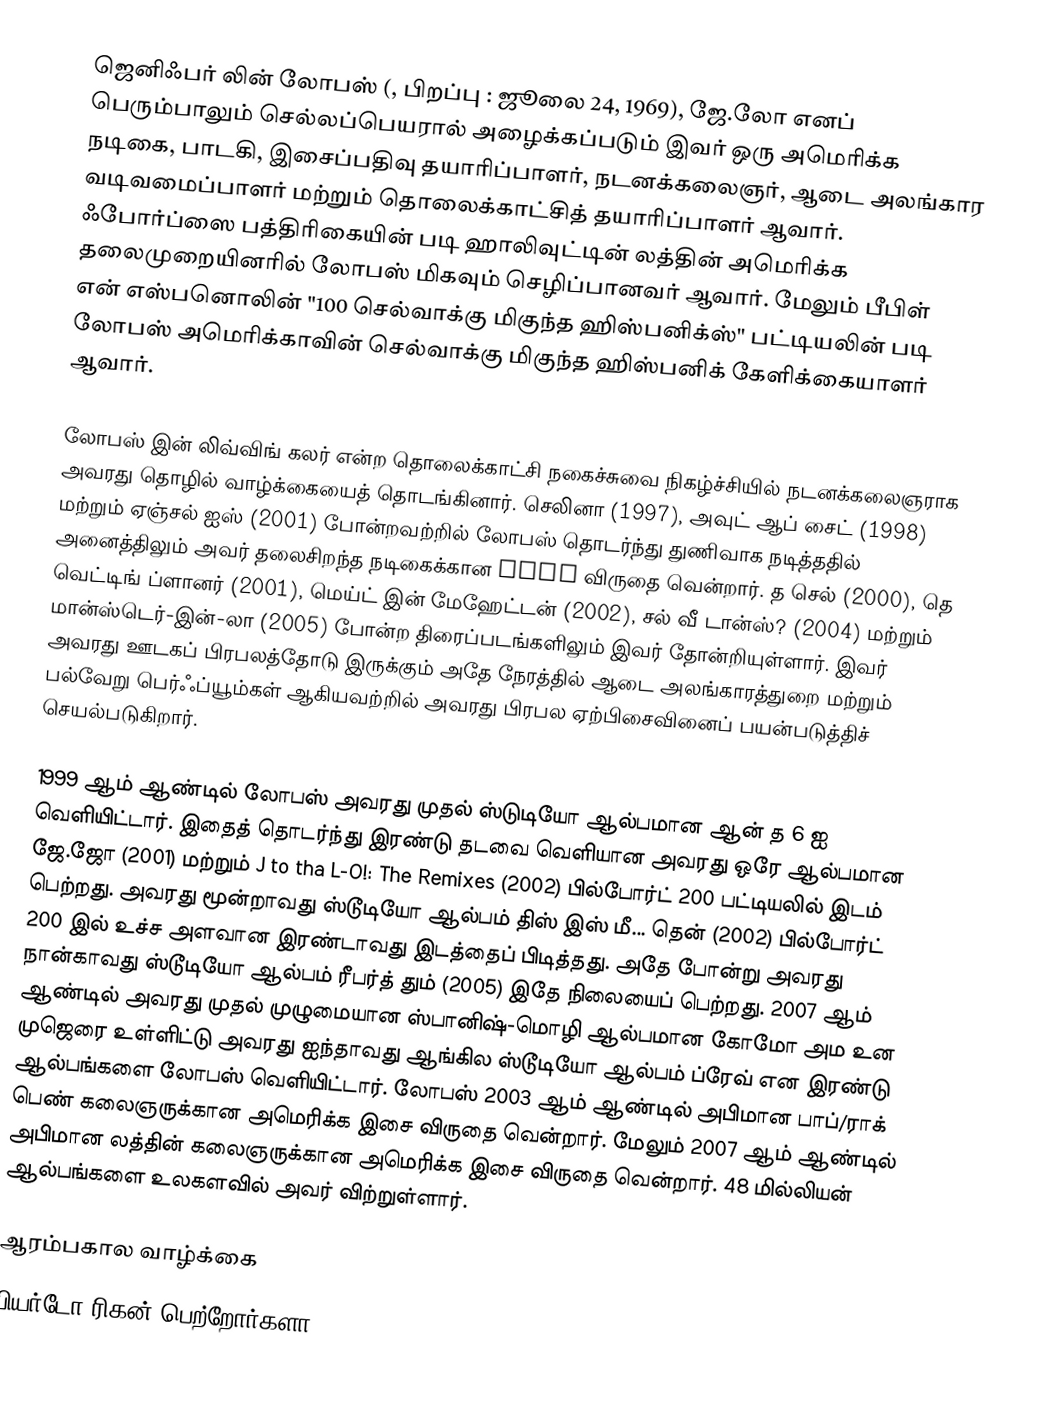
ஜெனிஃபர் லின் லோபஸ் (, பிறப்பு : ஜூலை 24, 1969), ஜே.லோ எனப் பெரும்பாலும் செல்லப்பெயரால் அழைக்கப்படும் இவர் ஒரு அமெரிக்க நடிகை, பாடகி, இசைப்பதிவு தயாரிப்பாளர், நடனக்கலைஞர், ஆடை அலங்கார வடிவமைப்பாளர் மற்றும் தொலைக்காட்சித் தயாரிப்பாளர் ஆவார். ஃபோர்ப்ஸை பத்திரிகையின் படி ஹாலிவுட்டின் லத்தின் அமெரிக்க தலைமுறையினரில் லோபஸ் மிகவும் செழிப்பானவர் ஆவார். மேலும் பீபிள் என் எஸ்பனொலின்  "100 செல்வாக்கு மிகுந்த ஹிஸ்பனிக்ஸ்" பட்டியலின் படி லோபஸ் அமெரிக்காவின் செல்வாக்கு மிகுந்த ஹிஸ்பனிக் கேளிக்கையாளர் ஆவார்.

லோபஸ் இன் லிவ்விங் கலர் என்ற தொலைக்காட்சி நகைச்சுவை நிகழ்ச்சியில் நடனக்கலைஞராக அவரது தொழில் வாழ்க்கையைத் தொடங்கினார். செலினா (1997), அவுட் ஆப் சைட் (1998) மற்றும் ஏஞ்சல் ஐஸ் (2001) போன்றவற்றில் லோபஸ் தொடர்ந்து துணிவாக நடித்ததில் அனைத்திலும் அவர் தலைசிறந்த நடிகைக்கான ALMA விருதை வென்றார். த செல் (2000), தெ வெட்டிங் ப்ளானர் (2001), மெய்ட் இன் மேஹேட்டன் (2002), சல் வீ டான்ஸ்? (2004) மற்றும் மான்ஸ்டெர்-இன்-லா (2005) போன்ற திரைப்படங்களிலும் இவர் தோன்றியுள்ளார். இவர் அவரது ஊடகப் பிரபலத்தோடு இருக்கும் அதே நேரத்தில் ஆடை அலங்காரத்துறை மற்றும் பல்வேறு பெர்ஃப்யூம்கள் ஆகியவற்றில் அவரது பிரபல ஏற்பிசைவினைப் பயன்படுத்திச் செயல்படுகிறார்.

1999 ஆம் ஆண்டில் லோபஸ் அவரது முதல் ஸ்டுடியோ ஆல்பமான ஆன் த 6 ஐ வெளியிட்டார். இதைத் தொடர்ந்து இரண்டு தடவை வெளியான அவரது ஒரே ஆல்பமான ஜே.ஜோ (2001) மற்றும் J to tha L-O!: The Remixes (2002) பில்போர்ட் 200 பட்டியலில் இடம் பெற்றது. அவரது மூன்றாவது ஸ்டூடியோ ஆல்பம் திஸ் இஸ் மீ... தென் (2002) பில்போர்ட் 200 இல் உச்ச அளவான இரண்டாவது இடத்தைப் பிடித்தது. அதே போன்று அவரது நான்காவது ஸ்டூடியோ ஆல்பம் ரீபர்த் தும் (2005) இதே நிலையைப் பெற்றது. 2007 ஆம் ஆண்டில் அவரது முதல் முழுமையான ஸ்பானிஷ்-மொழி ஆல்பமான கோமோ அம உன முஜெரை உள்ளிட்டு அவரது ஐந்தாவது ஆங்கில ஸ்டூடியோ ஆல்பம் ப்ரேவ் என இரண்டு ஆல்பங்களை லோபஸ் வெளியிட்டார். லோபஸ் 2003 ஆம் ஆண்டில் அபிமான பாப்/ராக் பெண் கலைஞருக்கான அமெரிக்க இசை விருதை வென்றார். மேலும் 2007 ஆம் ஆண்டில் அபிமான லத்தின் கலைஞருக்கான அமெரிக்க இசை விருதை வென்றார். 48 மில்லியன் ஆல்பங்களை உலகளவில் அவர் விற்றுள்ளார்.

ஆரம்பகால வாழ்க்கை
பியர்டோ ரிகன் பெற்றோர்களா